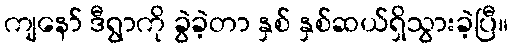
ကျနော် ဒီရွာကို ခွဲခဲ့တာ နှစ် နှစ်ဆယ်ရှိသွားခဲ့ပြီ။